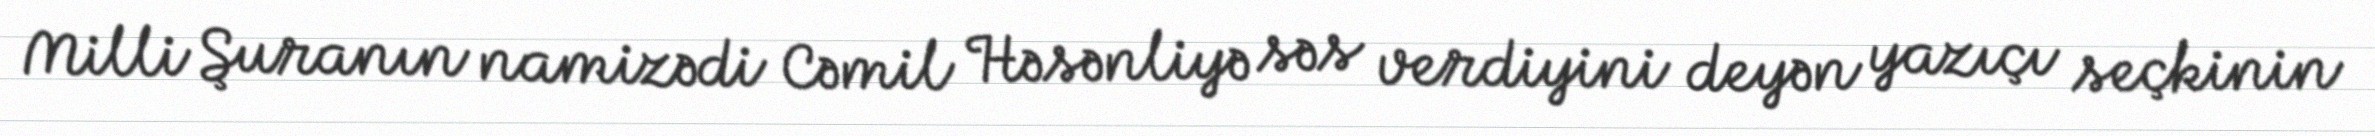
Milli Şuranın namizədi Cəmil Həsənliyə səs verdiyini deyən yazıçı seçkinin